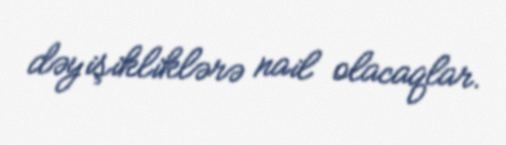
dəyişikliklərə nail olacaqlar.